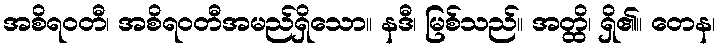
အစိရဝတီ၊ အစိရဝတီအမည်ရှိသော။ နဒီ၊ မြစ်သည်။ အတ္ထိ၊ ရှိ၏။ တေန၊